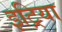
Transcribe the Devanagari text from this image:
इट्रिया